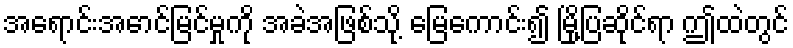
အရောင်းအောင်မြင်မှုကို အခဲအဖြစ်သို့ မြေကောင်း၍ မြို့ပြဆိုင်ရာ ဤထဲတွင်